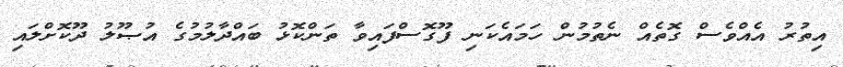
އިތުރު އެއްވެސް ގޮތެއް ނެތުމުން ހަމައެކަނި ފޫގޮސްފައިވާ ތަންކޮޅު ބައްދާލުމުގެ އުޞޫލު ދޫކޮށްލައި